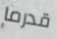
قدرما